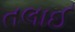
તલાઈ